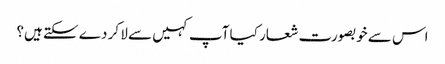
اس سے خوبصورت شعار کیا آپ کہیں سے لا کر دے سکتے ہیں؟